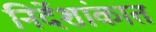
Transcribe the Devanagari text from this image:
निर्देशांकात